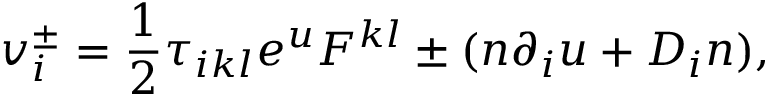
v _ { i } \sp \pm = \frac { 1 } { 2 } \tau _ { i k l } e \sp { u } F \sp { k l } \pm ( n \partial _ { i } u + D _ { i } n ) ,